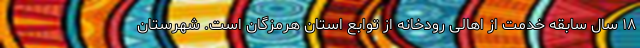
۱۸ سال سابقه خدمت از اهالی رودخانه از توابع استان هرمزگان است. شهرستان